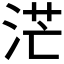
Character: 𱦡